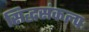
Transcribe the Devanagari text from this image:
सिद्धसंकल्पः